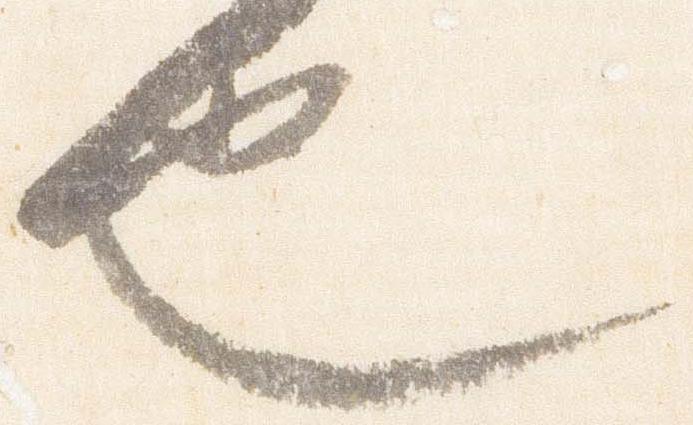
也